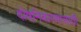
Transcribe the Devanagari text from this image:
दोषनिवारणासाठी